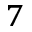
_ 7